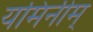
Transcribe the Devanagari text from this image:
यमिनीम्